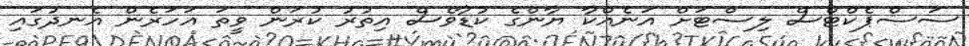
ސަސްޕެކްޓްސް ލިސްޓަށް އަނެއްކާ ޔާންގެ ކުޑާވެސް އިތުރު ކުރަން ވީތަ އަހަރެން އެނދުގައި